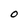
Character: O